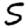
Digit: 5